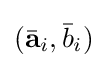
({\bar {\mathbf {a} }}_{i},{\bar {b}}_{i})